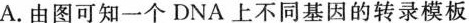
A.由图可知一个DNA上不同基因的转录模板